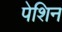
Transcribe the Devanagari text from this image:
पेशिन